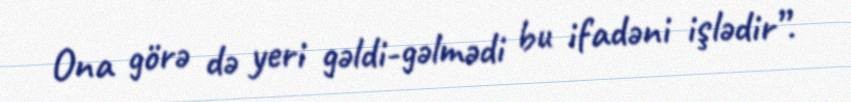
Ona görə də yeri gəldi-gəlmədi bu ifadəni işlədir”.